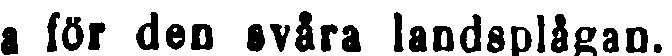
ta för den svåra landsplågan.